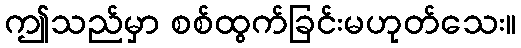
ဤသည်မှာ စစ်ထွက်ခြင်းမဟုတ်သေး။